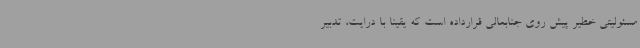
مسئولیتی خطیر پیش روی جنابعالی قرارداده است که یقینا با درایت، تدبیر